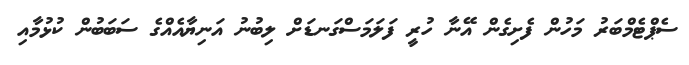
ސެޕްޓެމްބަރު މަހުން ފެށިގެން އޭނާ ހުރީ ފަލަމަސްގަނޑަށް ލިބުނު އަނިޔާއެއްގެ ސަބަބުން ކުޅުމާއި